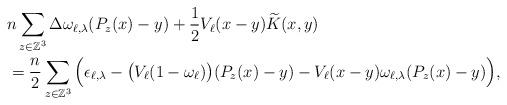
LaTeX: \begin{align*}&n \sum_{z \in \mathbb{Z}^3} \Delta \omega_{\ell,\lambda}(P_z(x)-y) + \frac{1}{2} V_{\ell}(x-y) \widetilde K(x,y)\\&=\frac{n}{2} \sum_{z \in \mathbb{Z}^3} \Big( \epsilon_{\ell, \lambda} - \big( V_\ell (1-\omega_{\ell}) \big) (P_z(x)-y) -V_\ell(x-y) \omega_{\ell,\lambda} (P_z(x)-y) \Big),\end{align*}